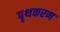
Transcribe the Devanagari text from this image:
पृथकरण